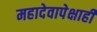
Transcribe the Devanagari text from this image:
महादेवापेक्षाही